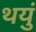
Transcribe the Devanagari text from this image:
थयुं